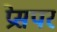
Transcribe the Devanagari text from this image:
प्रेसपर